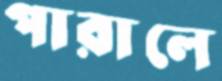
পারালে